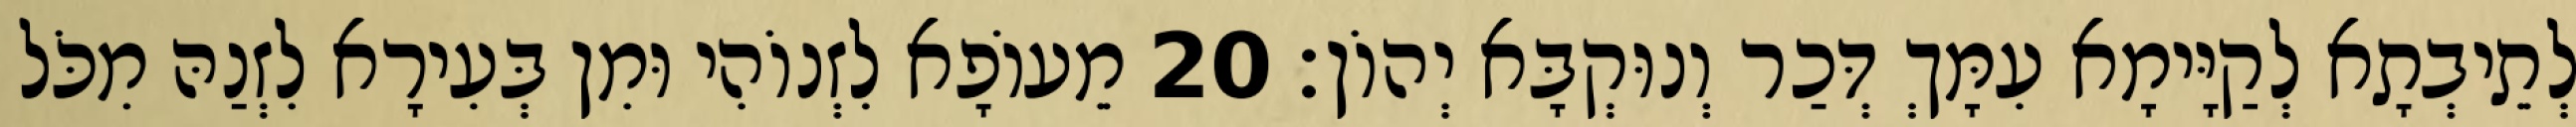
לְתֵיבְתָא לְקַיָּימָא עִמָּךְ דְּכַר וְנוּקְבָּא יְהוֹן׃ 20 מֵעוֹפָא לִזְנוֹהִי וּמִן בְּעִירָא לִזְנַהּ מִכֹּל